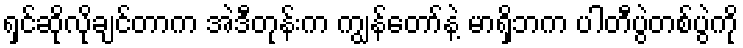
ရှင်ဆိုလိုချင်တာက အဲဒီတုန်းက ကျွန်တော်နဲ့ မာရှိဘက ပါတီပွဲတစ်ပွဲကို